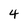
Character: 4